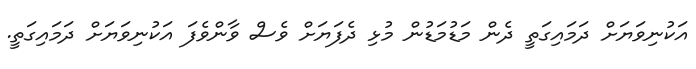
އަކުނިވަޔަށް ދަމައިގަތީ ދެން މަޑުމަޑުން މުޅި ދެފަޔަށް ވެސް ވާންވެފަ އަކުނިވަޔަށް ދަމައިގަތީ.